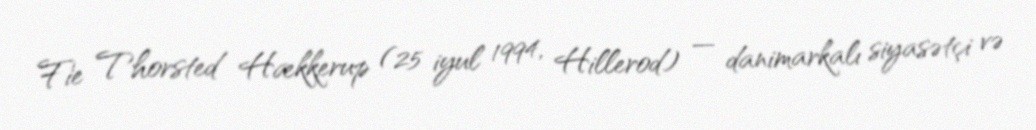
Fie Thorsted Hækkerup (25 iyul 1994, Hillerod) — danimarkalı siyasətçi və